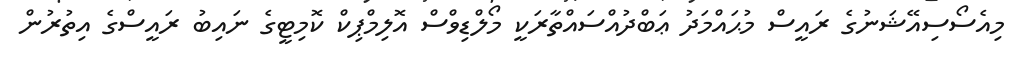
މިއެސޯސިއޭޝަނުގެ ރައީސް މުޙައްމަދު ޢަބްދުއްސައްތާރަކީ މޯލްޑިވްސް އޮލިމްޕިކް ކޮމިޓީގެ ނައިބު ރައީސްގެ އިތުރުން